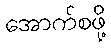
အောက်စဖို့